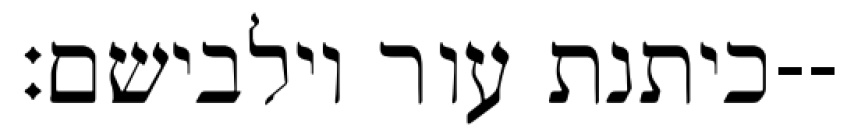
כיתנת עור וילבישם׃--